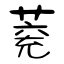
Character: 萒